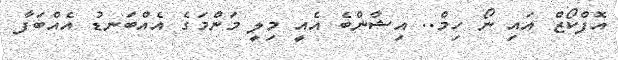
އޮފްކޯޒް އައި ނޯ ހިމް.. އިޝާންބެ އެއީ މިލީ މަންމަގެ އެއްބަނޑު އެއްބަފާ